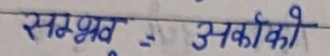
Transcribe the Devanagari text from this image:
सम्भव = अर्काको